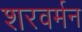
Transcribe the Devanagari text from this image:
शरवर्मन